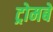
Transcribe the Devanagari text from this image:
ट्रोमबे